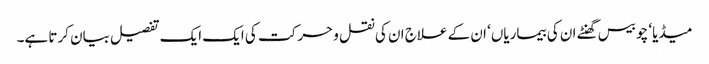
میڈیا‘ چوبیس گھنٹے ان کی بیماریاں‘ ان کے علاج ان کی نقل و حرکت کی ایک ایک تفصیل بیان کرتا ہے۔